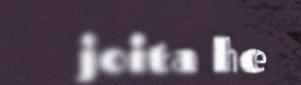
joita he